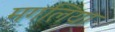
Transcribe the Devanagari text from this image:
मगलिया